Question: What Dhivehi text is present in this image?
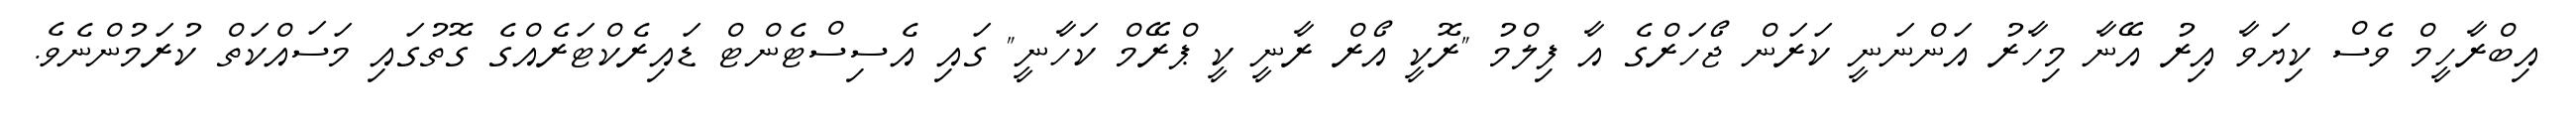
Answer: އިބްރާހީމް ވެސް ކިޔަވާ އިރު އޭނާ މިހާރު އަންނަނީ ކަރަން ޖޯހަރްގެ އާ ފިލްމު "ރޮކީ އޯރް ރާނީ ކީ ޕްރޭމް ކަހާނީ" ގައި އެސިސްޓެންޓް ޑައިރެކްޓަރެއްގެ ގޮތުގައި މަސައްކަތް ކުރަމުންނެވެ.